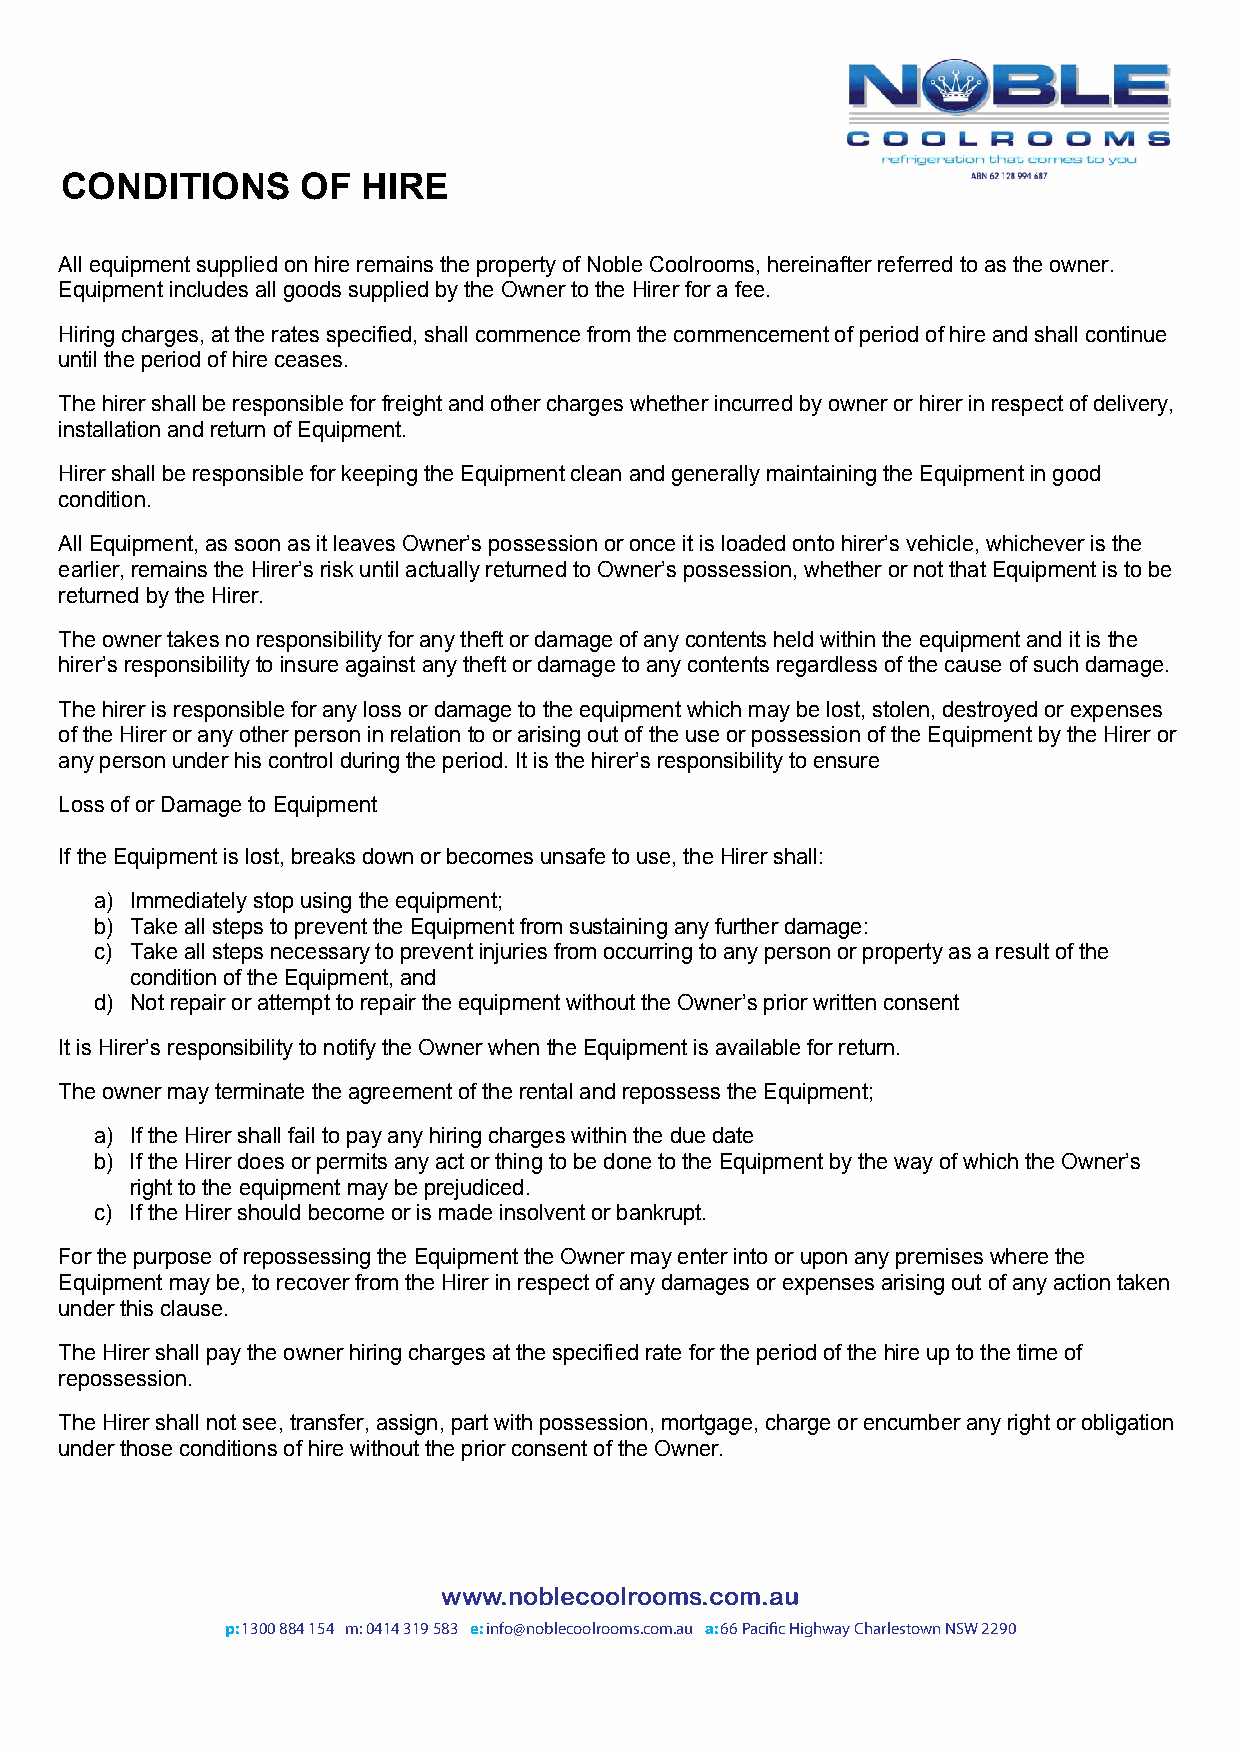
CONDITIONS      OF  HIRE
 All equipment supplied on hire remains the property of Noble Coolrooms, hereinafter referred to as the owner.
 Equipment includes all goods supplied by the Owner to the Hirer for a fee.
 Hiring charges, at the rates specified, shall commence from the commencement of period of hire and shall continue
 until the period of hire ceases.
 The hirer shall be responsible for freight and other charges whether incurred by owner or hirer in respect of delivery,
 installation and return of Equipment.
 Hirer shall be responsible for keeping the Equipment clean and generally maintaining the Equipment in good
 condition.
 All Equipment, as soon as it leaves Owner’s possession or once it is loaded onto hirer’s vehicle, whichever is the
 earlier, remains the Hirer’s risk until actually returned to Owner’s possession, whether or not that Equipment is to be
 returned by the Hirer.
 The owner takes no responsibility for any theft or damage of any contents held within the equipment and it is the
 hirer’s responsibility to insure against any theft or damage to any contents regardless of the cause of such damage.
 The hirer is responsible for any loss or damage to the equipment which may be lost, stolen, destroyed or expenses
 of the Hirer or any other person in relation to or arising out of the use or possession of the Equipment by the Hirer or
 any person under his control during the period. It is the hirer’s responsibility to ensure
 Loss of or Damage to Equipment
 If the Equipment is lost, breaks down or becomes unsafe to use, the Hirer shall:
 a) Immediately stop using the equipment;
 b) Take all steps to prevent the Equipment from sustaining any further damage:
 c) Take all steps necessary to prevent injuries from occurring to any person or property as a result of the
 condition of the Equipment, and
 d) Not repair or attempt to repair the equipment without the Owner’s prior written consent
 It is Hirer’s responsibility to notify the Owner when the Equipment is available for return.
 The owner may terminate the agreement of the rental and repossess the Equipment;
 a) If the Hirer shall fail to pay any hiring charges within the due date
 b) If the Hirer does or permits any act or thing to be done to the Equipment by the way of which the Owner’s
 right to the equipment may be prejudiced.
 c) If the Hirer should become or is made insolvent or bankrupt.
 For the purpose of repossessing the Equipment the Owner may enter into or upon any premises where the
 Equipment may be, to recover from the Hirer in respect of any damages or expenses arising out of any action taken
 under this clause.
 The Hirer shall pay the owner hiring charges at the specified rate for the period of the hire up to the time of
 repossession.
 The Hirer shall not see, transfer, assign, part with possession, mortgage, charge or encumber any right or obligation
 under those conditions of hire without the prior consent of the Owner.
 www.noblecoolrooms.com.au
 p: 1300 884 154 m: 0414 319 583 e: info@noblecoolrooms.com.au a: 66 Pacific Highway Charlestown NSW 2290